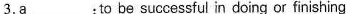
3.a___;to be successful in doing or finishing